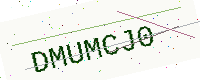
Text: DMUMCJ0